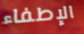
الإطفاء